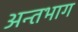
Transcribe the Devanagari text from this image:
अन्तभाग